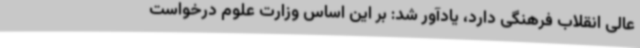
عالی انقلاب فرهنگی دارد، یادآور شد: بر این اساس وزارت علوم درخواست